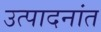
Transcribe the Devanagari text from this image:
उत्पादनांत